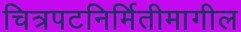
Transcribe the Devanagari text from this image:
चित्रपटनिर्मितीमागील